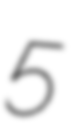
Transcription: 5